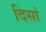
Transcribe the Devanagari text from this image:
दिसां